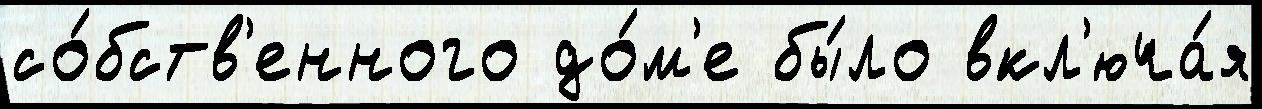
со́бств'енного до́м'е бы́ло вкл'юча́я